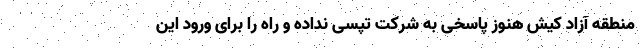
منطقه آزاد کیش هنوز پاسخی به شرکت تپسی نداده و راه را برای ورود این